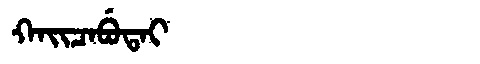
Manchu: ᡴᠠᡳᠴᠠᠪᡠᡨᠠᡳ
Romanization: KAICABUTAI